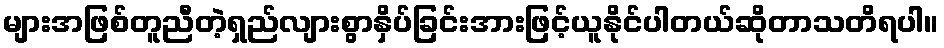
များအဖြစ်တူညီတဲ့ရှည်လျားစွာနှိပ်ခြင်းအားဖြင့်ယူနိုင်ပါတယ်ဆိုတာသတိရပါ။